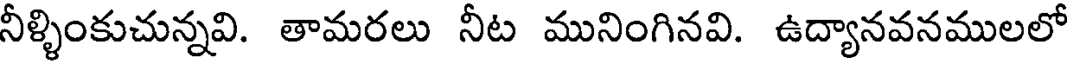
నీళ్ళింకుచున్నవి. తామరలు నీట మునింగినవి. ఉద్యానవనములలో